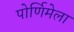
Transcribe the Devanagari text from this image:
पोर्णिमेला